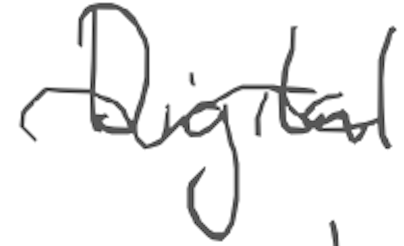
Text: Digital
Cross-out: wave
Writing tool: digital_gray